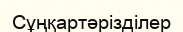
Сұңқартәрізділер